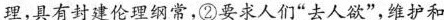
理，具有封建伦理纲常，②\underline{要求人们”去人欲”，维护和}